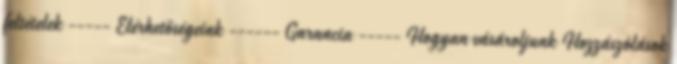
feltételek ----- Elérhetőségeink ------ Garancia ----- Hogyan vásároljunk Hozzászólások